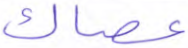
عصاك